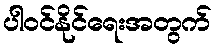
ပါဝင်နိုင်ရေးအတွက်